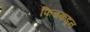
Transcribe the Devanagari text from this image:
फिचकडून